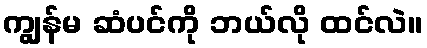
ကျွန်မ ဆံပင်ကို ဘယ်လို ထင်လဲ။